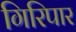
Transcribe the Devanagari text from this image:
गिरिपार